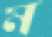
ম